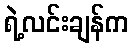
ရဲ့လင်းချန်က